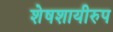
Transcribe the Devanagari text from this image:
शेषशायीरुप